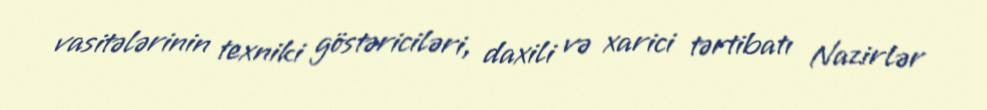
vasitələrinin texniki göstəriciləri, daxili və xarici tərtibatı Nazirlər